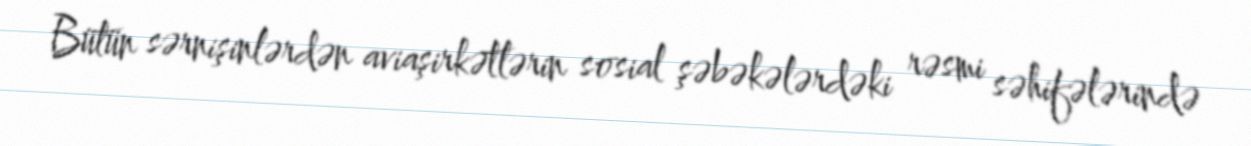
Bütün sərnişinlərdən aviaşirkətlərin sosial şəbəkələrdəki rəsmi səhifələrində